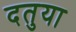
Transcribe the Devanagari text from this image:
दतुया